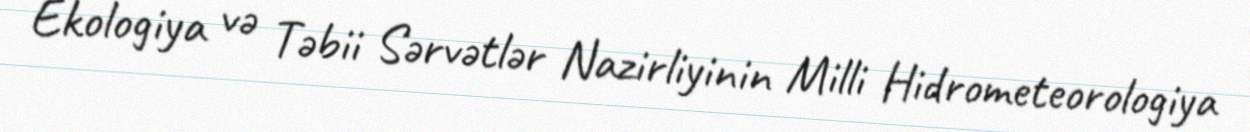
Ekologiya və Təbii Sərvətlər Nazirliyinin Milli Hidrometeorologiya